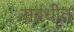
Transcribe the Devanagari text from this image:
सबंधीत